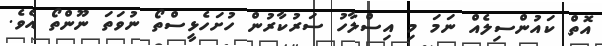
އޮތް ކައުންސިލެއް ނަމަ މި އިސްލާހު ސަރުކާރުން ހުށަހެޅީސްތޯ ނުވަތަ ނޫންތޯ އެވެ.